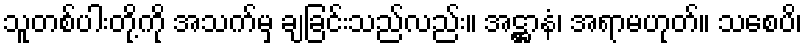
သူတစ်ပါးတို့ကို အသက်မှ ချခြင်းသည်လည်း။ အဋ္ဌာနံ၊ အရာမဟုတ်။ သစေပိ၊